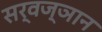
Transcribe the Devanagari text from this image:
सर्वज्ञान